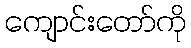
ကျောင်းတော်ကို